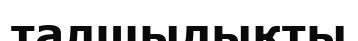
талшылықты